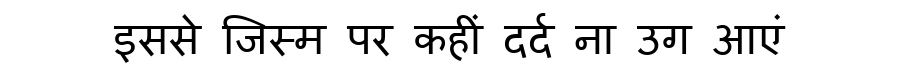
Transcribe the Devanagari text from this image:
इससे जिस्म पर कहीं दर्द ना उग आएं